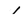
Character: l